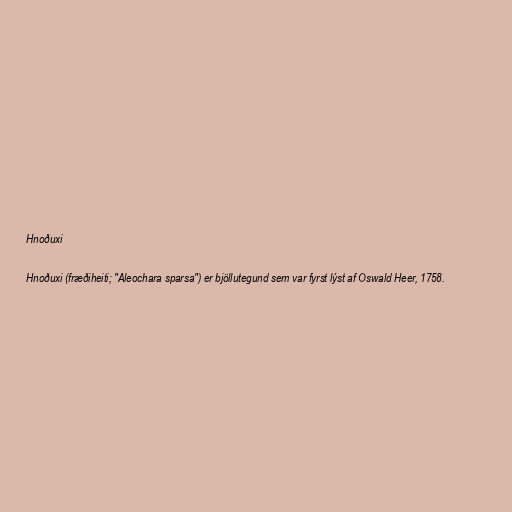
Hnoðuxi

Hnoðuxi (fræðiheiti; "Aleochara sparsa") er bjöllutegund sem var fyrst lýst af Oswald Heer, 1758.